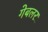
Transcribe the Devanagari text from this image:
गेबलर